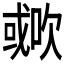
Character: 𣤐